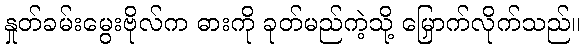
နှုတ်ခမ်းမွေးဗိုလ်က ဓားကို ခုတ်မည်ကဲ့သို့ မြှောက်လိုက်သည်။